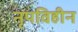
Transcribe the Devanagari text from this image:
नृपविहीन